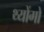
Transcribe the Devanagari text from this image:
थ्योंगो